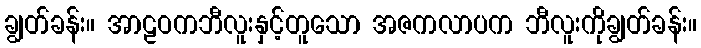
ချွတ်ခန်း။ အာဠဝကဘီလူးနှင့်တူသော အဇကလာပက ဘီလူးကိုချွတ်ခန်း။